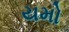
યમો